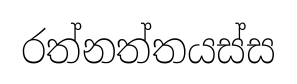
රත්නත්තයස්ස